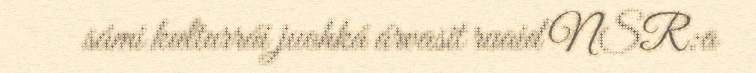
sámi kulturrái juohká árvasit ruaid NSR:a